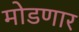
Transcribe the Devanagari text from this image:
मोडणार